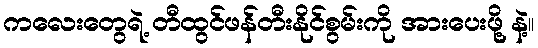
ကလေးတွေရဲ့ တီထွင်ဖန်တီးနိုင်စွမ်းကို အားပေးဖို့ နဲ့။